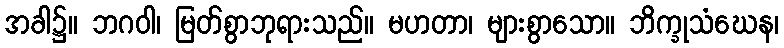
အခါ၌။ ဘဂဝါ၊ မြတ်စွာဘုရားသည်။ မဟတာ၊ များစွာသော။ ဘိက္ခုသံဃေန၊